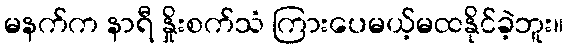
မနက်က နာရီ နှိုးစက်သံ ကြားပေမယ့်မထနိုင်ခဲ့ဘူး။